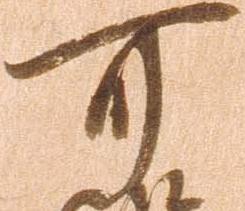
可